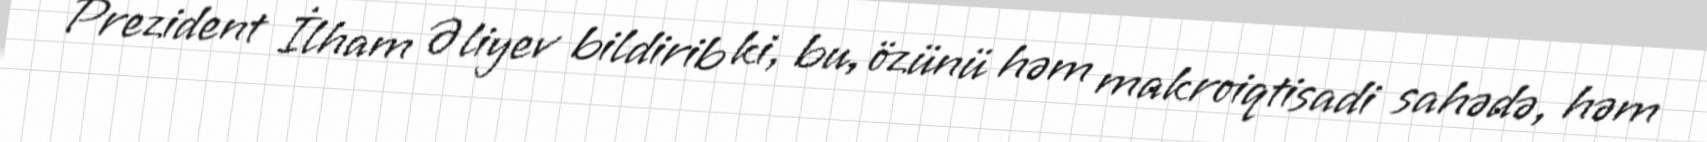
Prezident İlham Əliyev bildirib ki, bu, özünü həm makroiqtisadi sahədə, həm